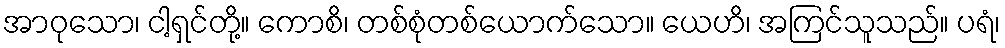
အာဝုသော၊ ငါ့ရှင်တို့။ ကောစိ၊ တစ်စုံတစ်ယောက်သော။ ယေဟိ၊ အကြင်သူသည်။ ပရံ၊